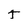
Character: t